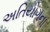
અતિયોગના